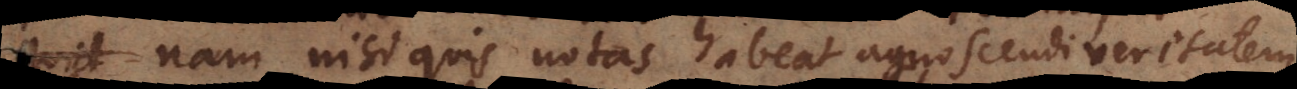
quid nam nisi quis notas habeat agnoscendi veritatem